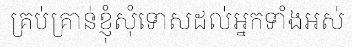
គ្រប់គ្រាន់ខ្ញុំសុំទោសដល់អ្នកទាំងអស់